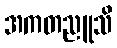
အကတညူသိ